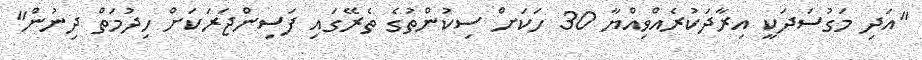
"އަދި މަގުސަދަކީ އިރާދަކުރެއްވިއްޔާ 30 ހަކަށް ސިކުންތުގެ ތެރޭގައި ފަސިންޖަރަކަށް ހިދުމަތް ދިނުން"